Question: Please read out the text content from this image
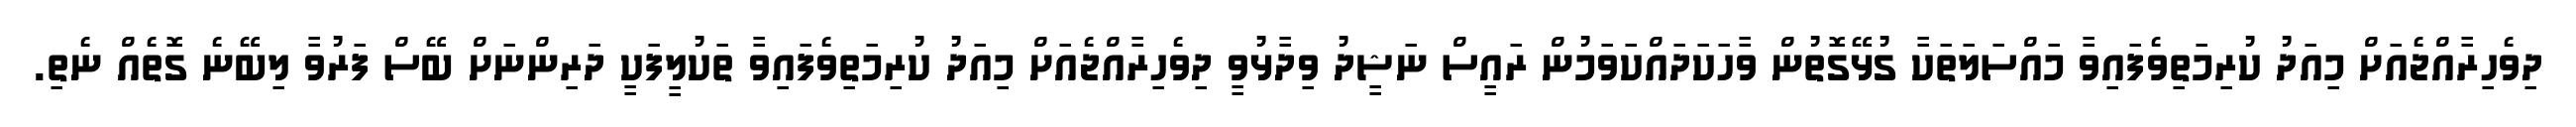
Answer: ދިވެހިރާއްޖެއަށް މިއަދު ކުރިމަތިވެފައިވާ މައްސަލަތަކާ ގުޅޭގޮތުން ވާހަކަދައްކަވަމުން ރައީސް ނަޝީދު ވިދާޅުވީ ދިވެހިރާއްޖެއަށް މިއަދު ކުރިމަތިވެފައިވާ ތަކުލީފަކީ ދަރިންނަށް ބޭސް ފަރުވާ ލިބޭނެ ގޮތެއް ނެތި.